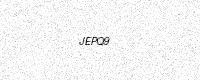
Text: JEPQ9